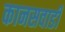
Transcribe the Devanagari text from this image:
कानसवाडी